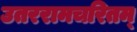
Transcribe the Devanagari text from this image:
उतररामचरितम्‌